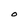
Character: O